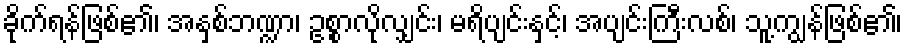
ခိုက်ရန်ဖြစ်၏၊ အနှစ်ဘဏ္ဍာ၊ ဥစ္စာလိုလျှင်း၊ မရိပျင်းနှင့်၊ အပျင်းကြီးလစ်၊ သူ့ကျွန်ဖြစ်၏၊